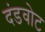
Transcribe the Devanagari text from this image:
दंडवोट